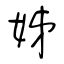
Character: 姊